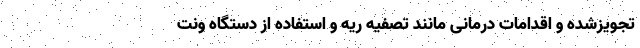
تجویزشده و اقدامات درمانی مانند تصفیه ریه و استفاده از دستگاه ونت